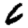
Digit: 6